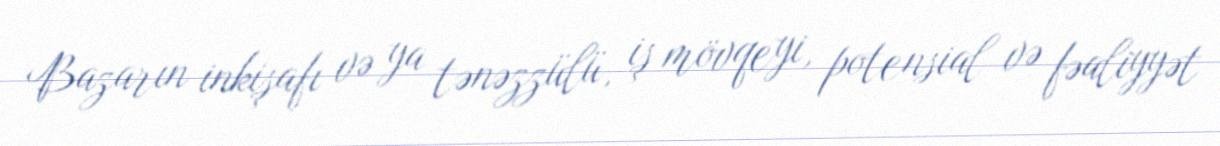
Bazarın inkişafı və ya tənəzzülü, iş mövqeyi, potensial və fəaliyyət